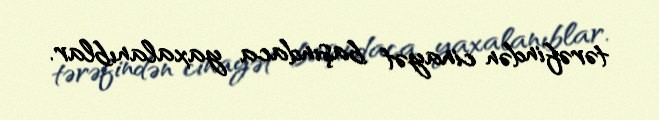
tərəfindən cinayət başındaca yaxalanıblar.